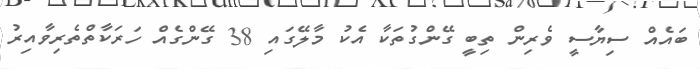
ބައެއް ސިޔާސީ ވެރިން ތިބީ ގޭންގުތަކާ އެކު މާލޭގައި 38 ގޭންގެއް ހަރަކާތްތެރިވާއިރު